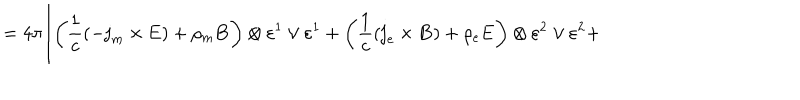
LaTeX: = 4 \pi \Biggl [ \left( \frac 1 c \left( - { \bf j } _ { m } \times { \bf E } \right) + \rho _ { m } { \bf B } \right) \otimes \varepsilon ^ { 1 } \vee \varepsilon ^ { 1 } + \left( \frac 1 c \left( { \bf j } _ { e } \times { \bf B } \right) + \rho _ { e } { \bf E } \right) \otimes \varepsilon ^ { 2 } \vee \varepsilon ^ { 2 } +